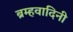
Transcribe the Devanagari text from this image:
ब्रम्हवादिनी